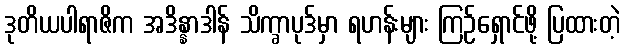
ဒုတိယပါရာဇိက အဒိန္နာဒါန် သိက္ခာပုဒ်မှာ ရဟန်းများ ကြဉ်ရှောင်ဖို့ ပြထားတဲ့